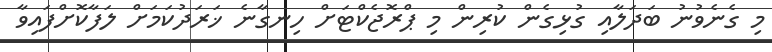
މި ގެނެވުނު ބަދަލާއި ގުޅިގެން ކުރިން މި ޕްރޮޖެކްޓަށް ހިނގާނެ ޚަރަދުކަމަށް ލަފާކޮށްފައިވާ